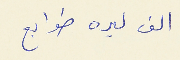
الف ليره طوابع